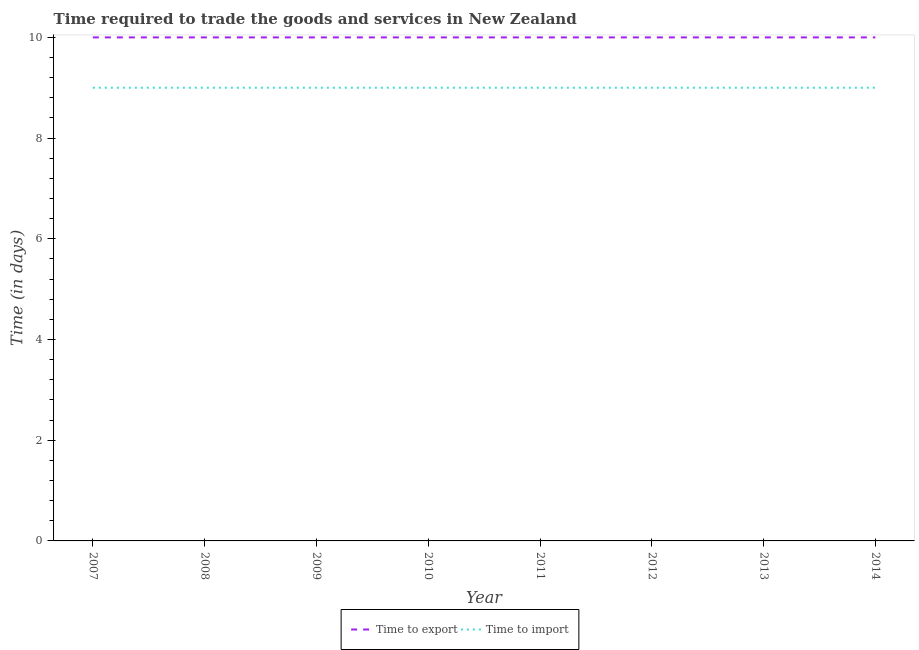
| Year | Time to export | Time to import |
 | --- | --- | --- |
 | 2007 | 10 | 9 |
 | 2008 | 10 | 9 |
 | 2009 | 10 | 9 |
 | 2010 | 10 | 9 |
 | 2011 | 10 | 9 |
 | 2012 | 10 | 9 |
 | 2013 | 10 | 9 |
 | 2014 | 10 | 9 |